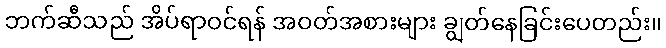
ဘက်ဆီသည် အိပ်ရာဝင်ရန် အဝတ်အစားများ ချွတ်နေခြင်းပေတည်း။